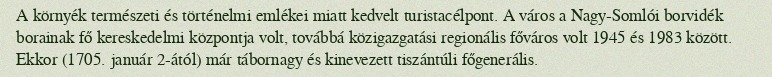
A környék természeti és történelmi emlékei miatt kedvelt turistacélpont. A város a Nagy-Somlói borvidék borainak fő kereskedelmi központja volt, továbbá közigazgatási regionális főváros volt 1945 és 1983 között. Ekkor (1705. január 2-ától) már tábornagy és kinevezett tiszántúli főgenerális.